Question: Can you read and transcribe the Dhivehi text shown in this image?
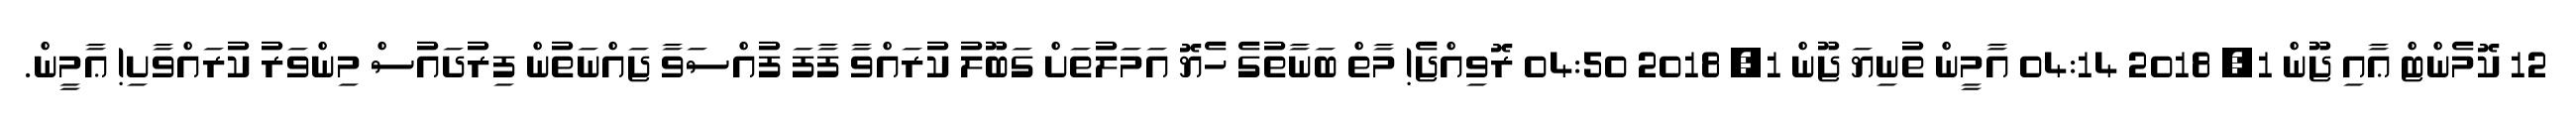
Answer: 12 ކޮމެންޓް ޢާއި ޖޫން 1, 2018 04:14 އާމީން ތުނިޔަ ޖޫން 1, 2018 04:50 ރޮވިއްޖެ! މާތް ބަނާތުގެ ހެޔޮ އަމަލުތަށް ގަބޫލު ކުރައްވާ ފާފަ ފުއްސަވާ ޖައްނަތުން ފިރުދައުސް މިންވަރު ކުރައްވާށި! ޢާމީން.